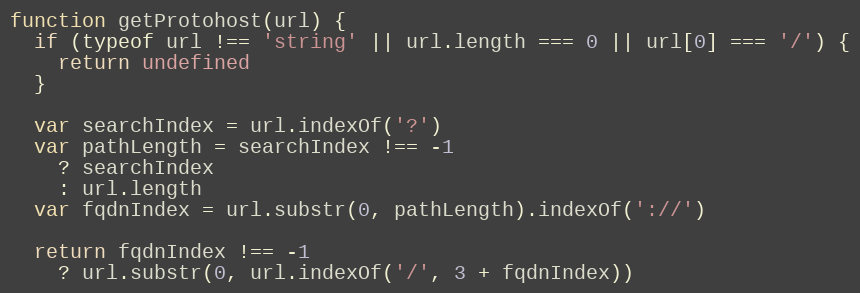
Language: JavaScript
function getProtohost(url) {
  if (typeof url !== 'string' || url.length === 0 || url[0] === '/') {
    return undefined
  }

  var searchIndex = url.indexOf('?')
  var pathLength = searchIndex !== -1
    ? searchIndex
    : url.length
  var fqdnIndex = url.substr(0, pathLength).indexOf('://')

  return fqdnIndex !== -1
    ? url.substr(0, url.indexOf('/', 3 + fqdnIndex))